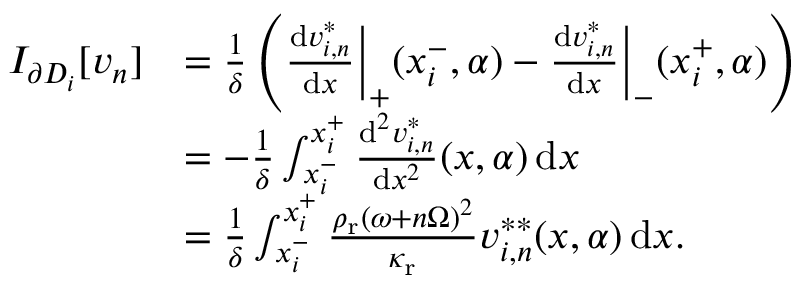
\begin{array} { r l } { I _ { \partial D _ { i } } [ v _ { n } ] } & { = \frac { 1 } { \delta } \left( \frac { \mathrm { d } v _ { i , n } ^ { * } } { \mathrm { d } x } \bigg \vert _ { + } ( x _ { i } ^ { - } , \alpha ) - \frac { \mathrm { d } v _ { i , n } ^ { * } } { \mathrm { d } x } \bigg \vert _ { - } ( x _ { i } ^ { + } , \alpha ) \right) } \\ & { = - \frac { 1 } { \delta } \int _ { x _ { i } ^ { - } } ^ { x _ { i } ^ { + } } \frac { \mathrm { d } ^ { 2 } v _ { i , n } ^ { * } } { \mathrm { d } x ^ { 2 } } ( x , \alpha ) \, \mathrm { d } x } \\ & { = \frac { 1 } { \delta } \int _ { x _ { i } ^ { - } } ^ { x _ { i } ^ { + } } \frac { \rho _ { \mathrm { r } } ( \omega + n \Omega ) ^ { 2 } } { \kappa _ { \mathrm { r } } } v _ { i , n } ^ { * * } ( x , \alpha ) \, \mathrm { d } x . } \end{array}